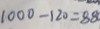
1 0 0 0 - 1 2 0 = 8 8 0